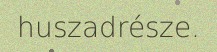
huszadrésze.